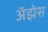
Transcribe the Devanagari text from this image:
अॅझेस